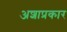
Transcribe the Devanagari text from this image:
अशाप्रकार